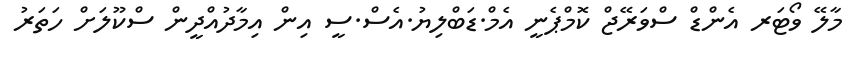
މާލޭ ވޯޓަރ އެންޑް ސްވަރޭޖް ކޮމްޕެނީ އެމް.ޑަބްލިޔު.އެސް.ސީ އިން އިމާދުއްދީން ސްކޫލަށް ހަތަރު